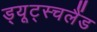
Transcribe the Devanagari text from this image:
ड्यूट्स्चलैंड